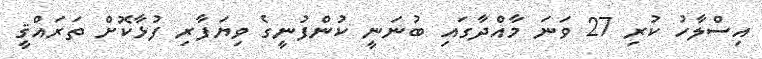
އިސްލާހު ކުރި 27 ވަނަ މާއްދާގައި ބުނަނީ ކުންފުނީގެ ވިޔަފާރި ފުޅާކޮށް ތަރައްޤީ